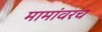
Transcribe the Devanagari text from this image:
मामांवरच